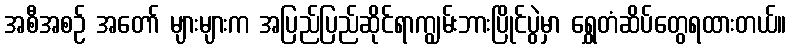
အစီအစဉ် အတော် များများက အပြည်ပြည်ဆိုင်ရာကျွမ်းဘားပြိုင်ပွဲမှာ ရွှေတံဆိပ်တွေရထားတယ်။